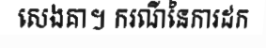
សេងគា។ ករណីនៃការដក